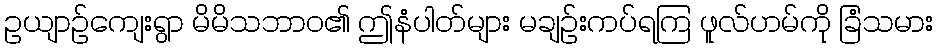
ဥယျာဉ်ကျေးရွာ မိမိသဘာဝ၏ ဤနံပါတ်များ မချဉ်းကပ်ရကြ ဖူလ်ဟမ်ကို ခြံသမား